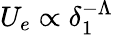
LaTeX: U_{e}\propto\delta_{1}^{-\Lambda}